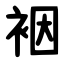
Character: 裀